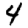
Digit: 4